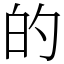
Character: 的